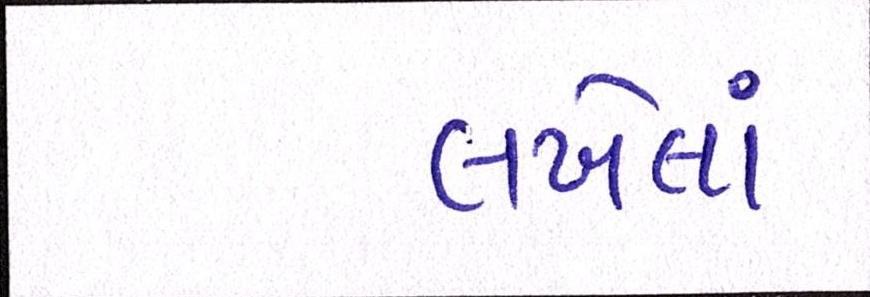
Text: લખેલાં